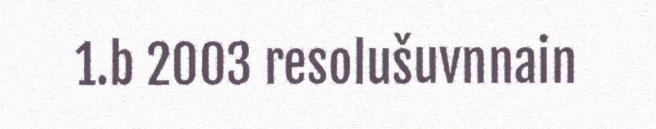
1.b 2003 resolušuvnnain